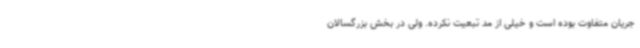
جریان متفاوت بوده است و خیلی از مد تبعیت نکرده. ولی در بخش بزرگسالان